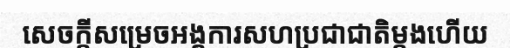
សេចក្តីសម្រេចអង្គការសហប្រជាជាតិម្តងហើយ